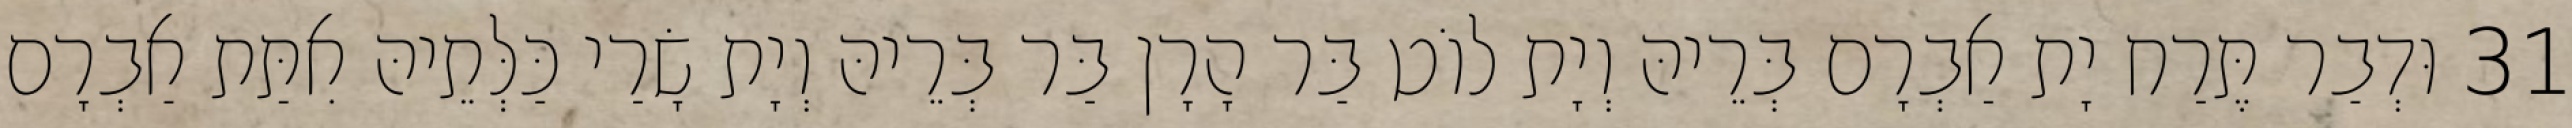
31 וּדְבַר תֶּרַח יָת אַבְרָם בְּרֵיהּ וְיָת לוֹט בַּר הָרָן בַּר בְּרֵיהּ וְיָת שָׂרַי כַּלְּתֵיהּ אִתַּת אַבְרָם